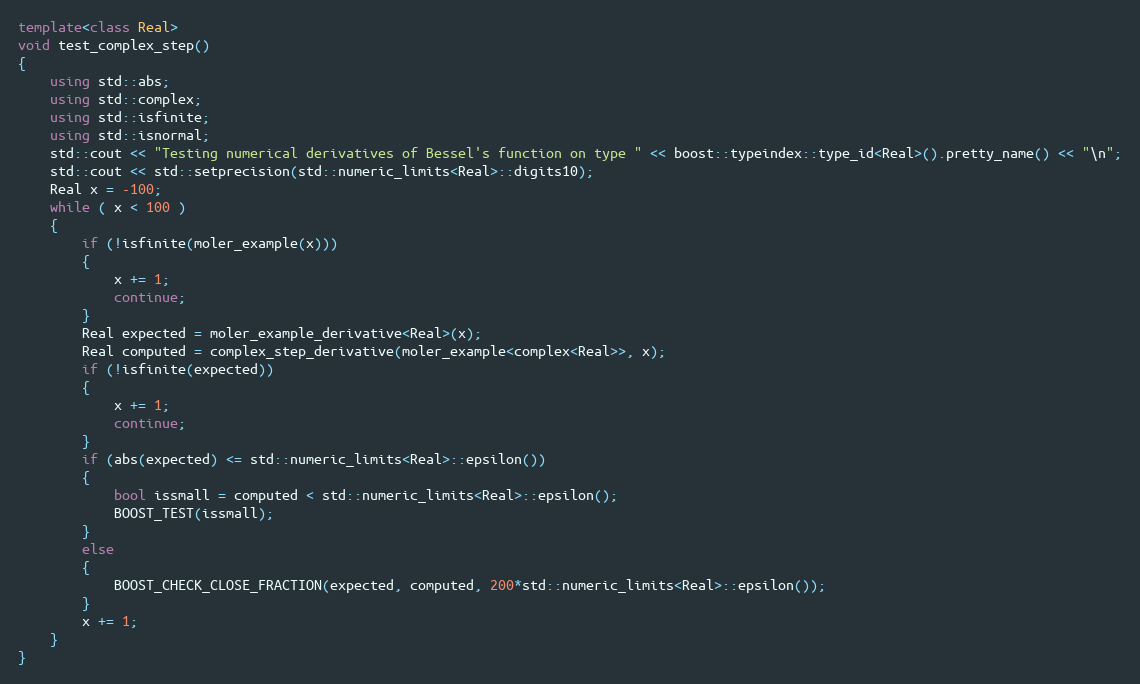
Language: C++
template<class Real>
void test_complex_step()
{
    using std::abs;
    using std::complex;
    using std::isfinite;
    using std::isnormal;
    std::cout << "Testing numerical derivatives of Bessel's function on type " << boost::typeindex::type_id<Real>().pretty_name() << "\n";
    std::cout << std::setprecision(std::numeric_limits<Real>::digits10);
    Real x = -100;
    while ( x < 100 )
    {
        if (!isfinite(moler_example(x)))
        {
            x += 1;
            continue;
        }
        Real expected = moler_example_derivative<Real>(x);
        Real computed = complex_step_derivative(moler_example<complex<Real>>, x);
        if (!isfinite(expected))
        {
            x += 1;
            continue;
        }
        if (abs(expected) <= std::numeric_limits<Real>::epsilon())
        {
            bool issmall = computed < std::numeric_limits<Real>::epsilon();
            BOOST_TEST(issmall);
        }
        else
        {
            BOOST_CHECK_CLOSE_FRACTION(expected, computed, 200*std::numeric_limits<Real>::epsilon());
        }
        x += 1;
    }
}